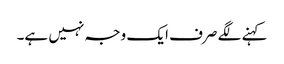
کہنے لگے صرف ایک وجہ نہیں ہے۔